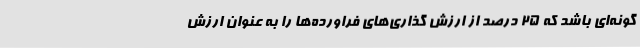
گونه‌ای باشد که 25 درصد از ارزش گذاری‌های فراورده‌ها را به عنوان ارزش